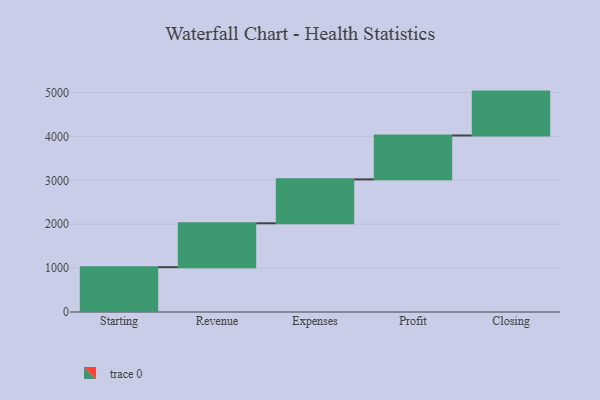
{"axis": {"x": "Step", "y": "Value"}, "legend": [""], "data": [{"x": "Starting", "y": 1022.0, "type": ""}, {"x": "Revenue", "y": 1000, "type": ""}, {"x": "Expenses", "y": 1000, "type": ""}, {"x": "Profit", "y": 1000, "type": ""}, {"x": "Closing", "y": 1000, "type": ""}]}